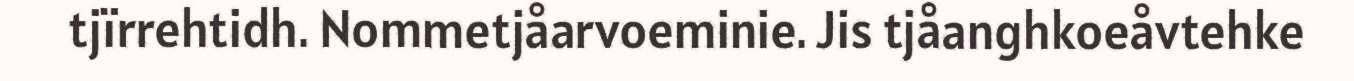
tjïrrehtidh. Nommetjåarvoeminie. Jis tjåanghkoeåvtehke